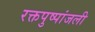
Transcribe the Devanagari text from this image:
रक्तपुष्पांजली